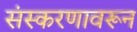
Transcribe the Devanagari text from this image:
संस्करणावरून